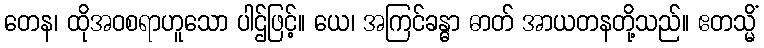
တေန၊ ထိုအဝစရာဟူသော ပါဌ်ဖြင့်။ ယေ၊ အကြင်ခန္ဓာ ဓာတ် အာယတနတို့သည်။ ဧတသ္မိံ